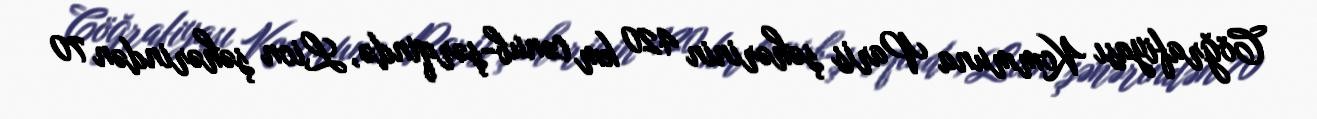
Cöğrafiyası Kommuna Paris şəhərinin 420 km cənub-şərqində, Lion şəhərindən 70